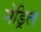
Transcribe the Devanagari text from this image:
मेड्रिल